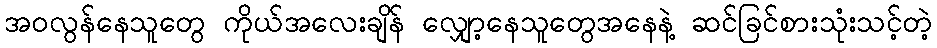
အဝလွန်နေသူတွေ ကိုယ်အလေးချိန် လျှော့နေသူတွေအနေနဲ့ ဆင်ခြင်စားသုံးသင့်တဲ့